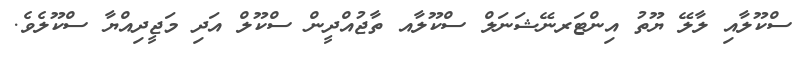
ސްކޫލާއި ލާލޭ ޔޫތު އިންޓަރނޭޝަނަލް ސްކޫލާއ ތާޖުއްދީން ސްކޫލް އަދި މަޖީދިއްޔާ ސްކޫލެވެ.